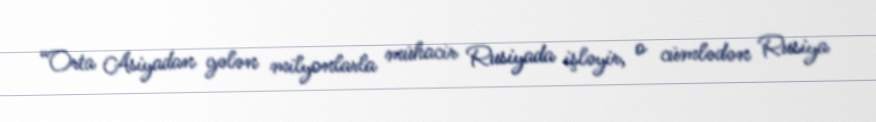
“Orta Asiyadan gələn milyonlarla mühacir Rusiyada işləyir, o cümlədən Rusiya